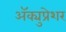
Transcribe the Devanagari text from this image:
ॲक्युप्रेशर